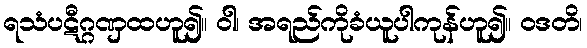
ရသံပဋီဂ္ဂဏှထဟူ၍။ ဝါ၊ အရည်ကိုခံယူပါကုန်ဟူ၍။ ဝဒတိ၊